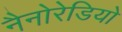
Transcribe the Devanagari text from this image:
नैनोरेडियो